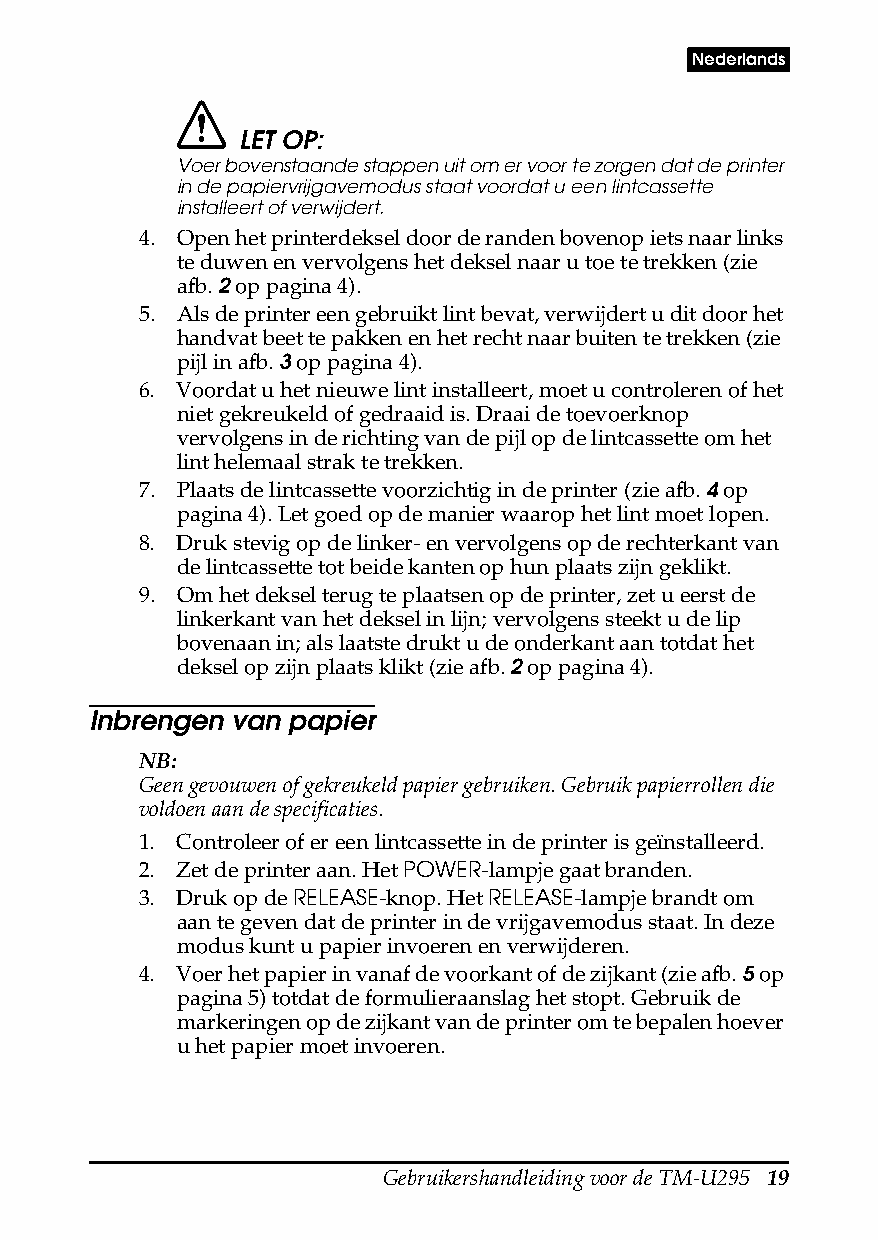
Nederlands
 LET OP:
 Voer bovenstaande stappen uit om er voor te zorgen dat de printer
 in de papiervrijgavemodus staat voordat u een lintcassette
 installeert of verwijdert.
 4. Open het printerdeksel door de randen bovenop iets naar links
 te duwen en vervolgens het deksel naar u toe te trekken (zie
 afb. 2 op pagina4).
 5. Als de printer een gebruikt lint bevat, verwijdert u dit door het
 handvat beet te pakken en het recht naar buiten te trekken (zie
 pijl in afb. 3 op pagina4).
 6. Voordat u het nieuwe lint installeert, moet u controleren of het
 niet gekreukeld of gedraaid is. Draai de toevoerknop
 vervolgens in de richting van de pijl op de lintcassette om het
 lint helemaal strak te trekken.
 7. Plaats de lintcassette voorzichtig in de printer (zie afb. 4 op
 pagina4). Let goed op de manier waarop het lint moet lopen.
 8. Druk stevig op de linker- en vervolgens op de rechterkant van
 de lintcassette tot beide kanten op hun plaats zijn geklikt.
 9. Om het deksel terug te plaatsen op de printer, zet u eerst de
 linkerkant van het deksel in lijn; vervolgens steekt u de lip
 bovenaan in; als laatste drukt u de onderkant aan totdat het
 deksel op zijn plaats klikt (zie afb. 2 op pagina4).
 Inbrengen van papier
 NB:
 Geen gevouwen of gekreukeld papier gebruiken. Gebruik papierrollen die
 voldoen aan de specificaties.
 1. Controleer of er een lintcassette in de printer is geïnstalleerd.
 2. Zet de printer aan. Het POWER-lampje gaat branden.
 3. Druk op de RELEASE-knop. Het RELEASE-lampje brandt om
 aan te geven dat de printer in de vrijgavemodus staat. In deze
 modus kunt u papier invoeren en verwijderen.
 4. Voer het papier in vanaf de voorkant of de zijkant (zie afb. 5 op
 pagina5) totdat de formulieraanslag het stopt. Gebruik de
 markeringen op de zijkant van de printer om te bepalen hoever
 u het papier moet invoeren.
 Gebruikershandleiding voor de TM-U295 19